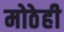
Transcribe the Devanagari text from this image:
मोठेही